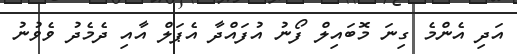
އަދި އެންމެ ގިނަ މޮބައިލް ފޯނު އުފައްދާ އެޕަލް އާއި ދެމެދު ވެވުނު